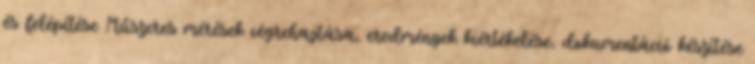
és felépítése Műszeres mérések végrehajtása, eredmények kiértékelése, dokumentáció készítése